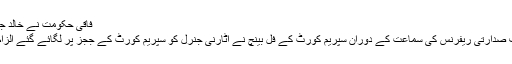
فاقی حکومت نے خالد جاوید خان کو نیا اٹارنی جنرل مقرر کرنے کا فیصلہ کر لیا
یاد رہے کہ دو دن قبل جسٹس قاضی فائز عیسیٰ کے خلاف صدارتی ریفرنس کی سماعت کے دوران سپریم کورٹ کے فل بینچ نے اٹارنی جنرل کو سپریم کورٹ کے ججز پر لگائے گئے الزام کا تحریری ثبوت دینے یا معافی مانگنے کا حکم دیا تھا۔